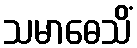
သမာဓေသိံ